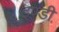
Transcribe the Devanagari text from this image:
इण्डी